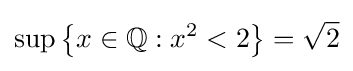
\sup \left\{x\in \mathbb {Q} :x^{2}<2\right\}={\sqrt {2}}